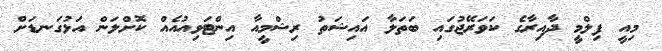
މިއީ ފިލްމީ ދާއިރާގެ ކަވަރޭޖުގައި ބަތަލާ އައިޝަތު ރިޝްމީއާ އިންޓަވިއުއެއް ކޮށްލަން އަޅުގަނޑަށް